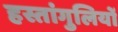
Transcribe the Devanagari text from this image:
हस्तांगुलियों